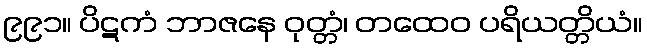
၉၉၁။ ပိဋကံ ဘာဇနေ ဝုတ္တံ၊ တထေဝ ပရိယတ္တိယံ။